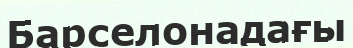
Барселонадағы